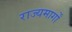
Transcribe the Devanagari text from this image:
राज्यमार्गों